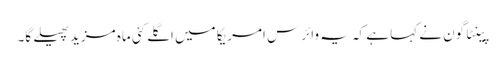
پینٹاگون نے کہا ہے کہ یہ وائرس امریکا میں اگلے کئی ماہ مزید پھیلے گا۔